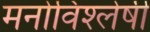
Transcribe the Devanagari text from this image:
मनोविश्लेषी